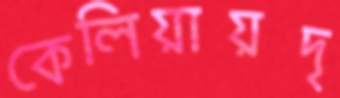
কেলিয়ায়দৃ